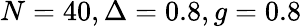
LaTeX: N=40,\Delta=0.8,g=0.8